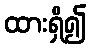
ထားရှိ၍